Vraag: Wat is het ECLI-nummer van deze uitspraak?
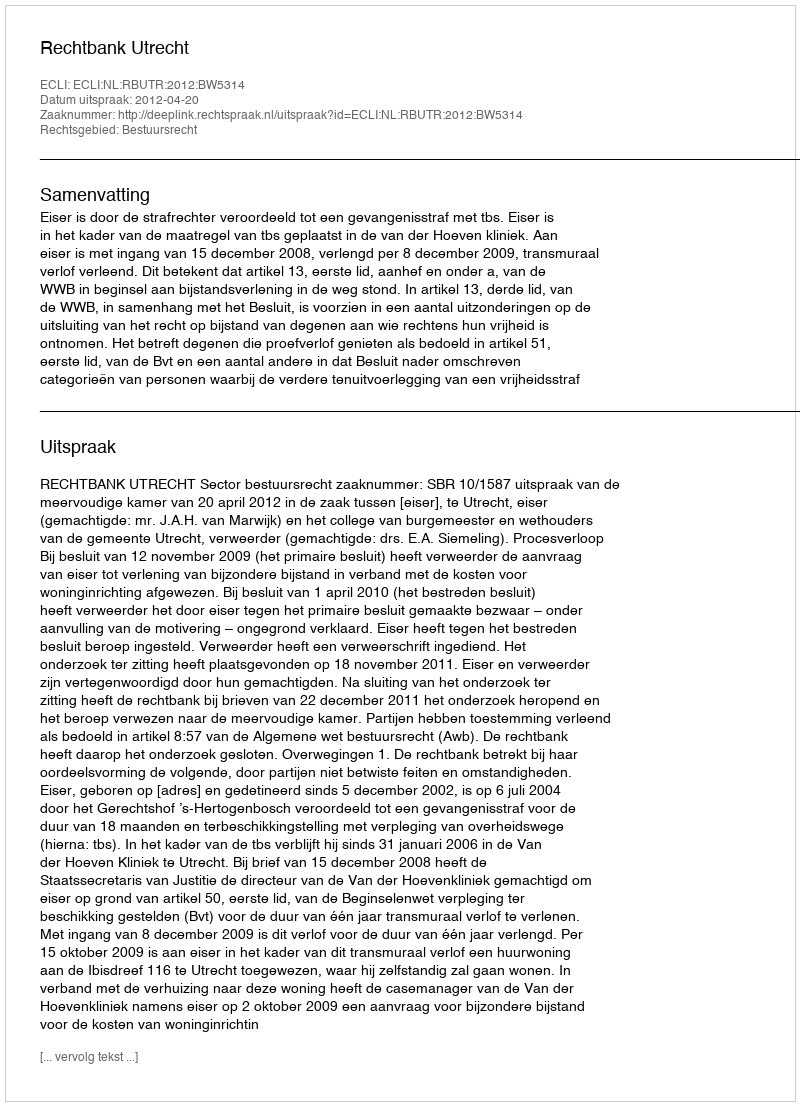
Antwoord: ECLI:NL:RBUTR:2012:BW5314